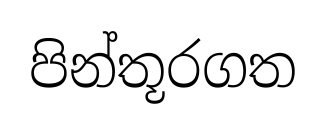
පින්තූරගත